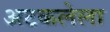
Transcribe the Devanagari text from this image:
अटकलेला